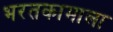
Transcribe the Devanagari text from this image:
भरतकामाला